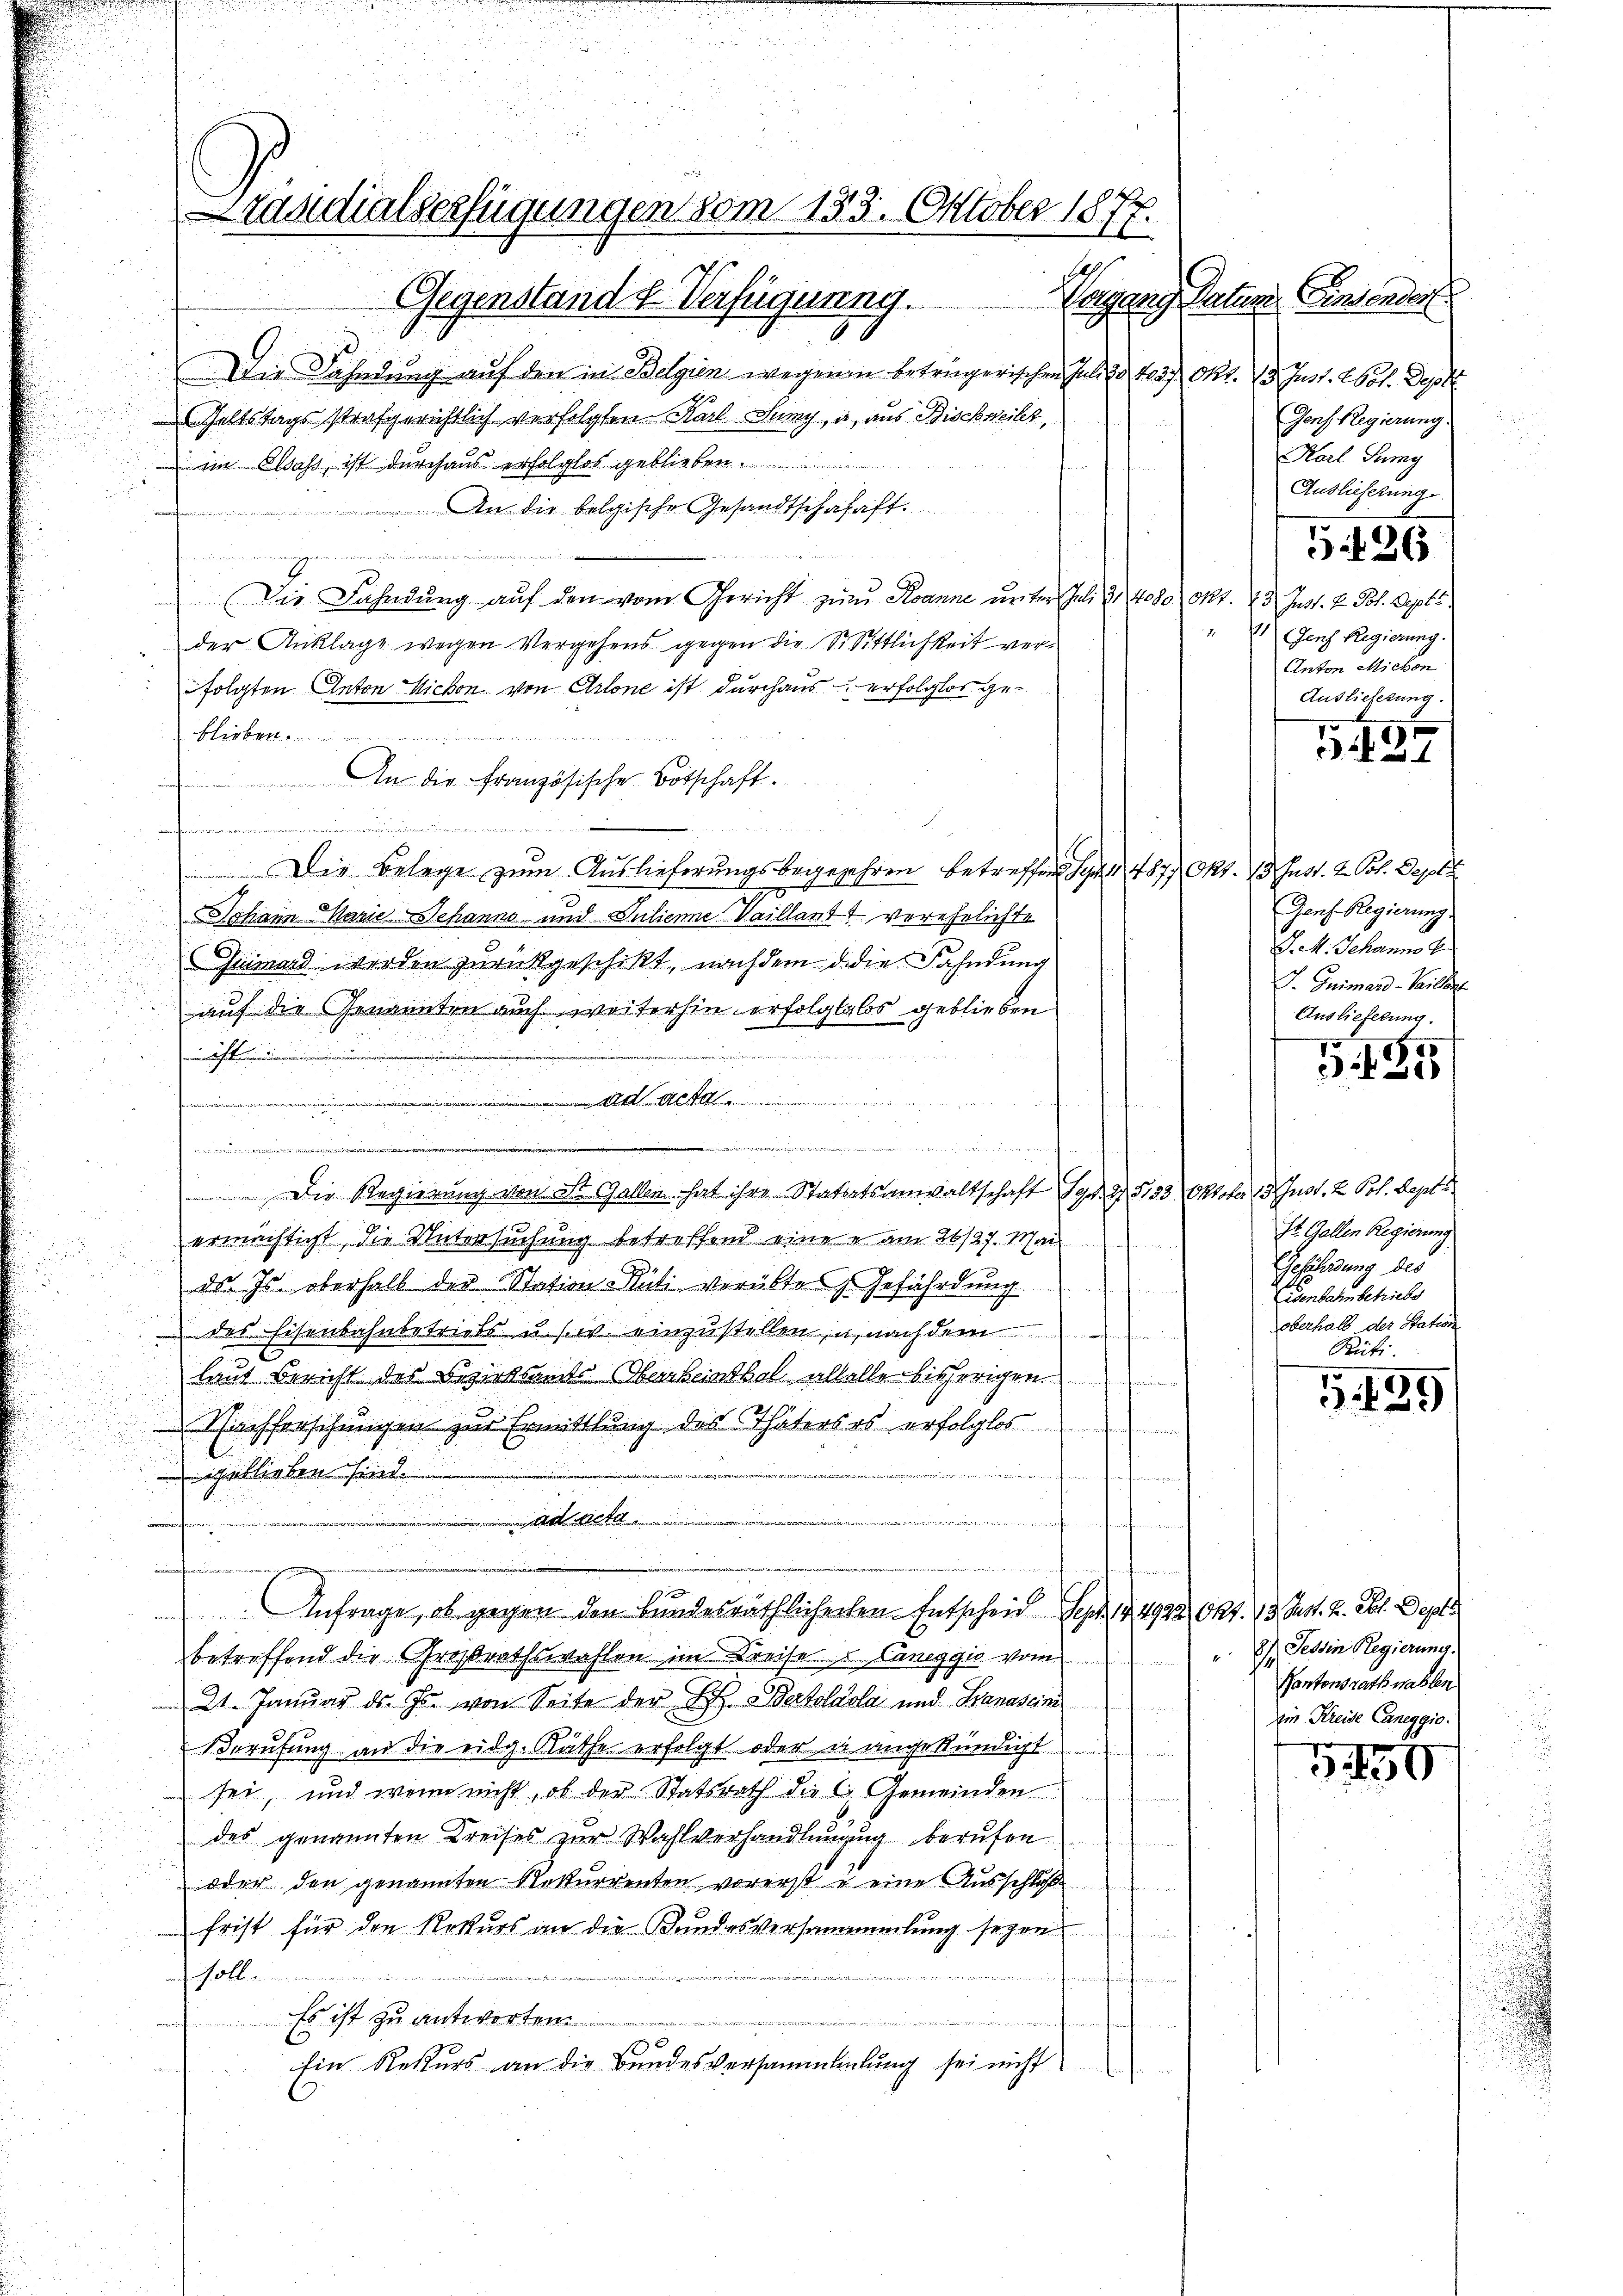
Die Fahndung auf den in Belgien wegenen beträgerischen Juli 2 403. Okt. 13. Just. 265. Dep
Heltstags strafgerichtlich verfolgten Karl Juny, a, aus Bischweiler,
im Elsass, ist durchaus erfolglos geblieben.
An die belgische Gesandtschafaft.
f
an
 (Die Fahndung auf den vom Gericht zum Tanne unter Juli 2 4080 Okt. 25. Just. 2. Joh. Septe
der Anklagt wegen Vergehens gegen die Sr. Sittlichkeit verfolgten Anton Nichon von Arlone ist durchaus erfolglos geblieben.
An die französische Botschaft.
Arsenden Frau de so wird der es war gewesen die Vernung der gelegen wir die war er meine
 Die Belege zum Auslieferungsbegegehren betreffen hat 487. Okt. 13. Just. 2. Pot. Depot
20 x
Johann Marie Schanno und Dulienne. Vaillant verehelichte
u
Grimar werden zurückgeschikt, nachdem d. die Fahndung

auf die Genannten auch weiterhin erfolglalos geblieben
t
e
u
f
 er die wir nach willigen in die Vereitung, u. von der bester wieder in den einer einen
een und einen eine in
d
Die Regierung von St. Gallen hat ihre Statatsanwaltschaft d. 2. 5133 Oktober 13 Gust, 2 Pol. Sept
u
ermächtigt, die Untersuchung betreffend eine e am 26/27. Mai

.
.
des Is. oberhalb der Station-Rüti verübtes Gefährdung

des Eisenbahnbetriebs u. s. w. einzustellen in nachdem
laut Bericht des Bezirksamts Oberrheinthal allalle bisherigen
i
Nachforschungen zur Ermittlung des Thäters es erfolglos
geblieben sind.
nirend unterhan
ad Acta
.
e
d
Anfrage, ob gegen den Bundesräthlicherhen Entscheid Sept. 144922 Okt. 13. Just. Z. et. Dept.
betreffend die Großrathswahlen im Kreise u Laneggio vom
21. Januar d. Js. von Seite der B. Bartoldola und Banasan
Berufung an die eidg. Räthe erfolgt oder in angekündigt
sei, und wenn nicht, ob der Statsrath die C. Gemeinden
des genannten Kreises zur Wahlverhandlungung berufen
oder den genannten Rekurrenten vorerst u eine Ausschloß
frist für den Rekurs an die Bundesversammlung seyen
soll
e
Es ist zu antworten
e
n
0
Ein Rekurs an die Bundesversammlingung sei nicht

Staudialserfügungen vom 133. Oktober 1877.
Gegenstand d Verfügunng.

Vergang Vater Einsender
Genf. Regierung.
Karl Juny
Auslieferung
5426
"1 Genf Regierung.
Anton Michon
Auslieferung.

5432

Denf. Regierung.
D. k. Johanno 1
J. Grimar - Mailan
Auslieferung.
125

3.13.

St. Gallen Regierung
Gefährdung des
isenbahn betriebe
oberhalb der Station
Rüti.

5. 139

2. Tessin Regierung.
Pantonsrath nahlen
Ein Kreise Caneggio.

1150